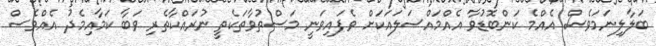
ބަލާލިނަމަވެސް އެއްމެ ކަންބޮޑުވާ އެއްމައްސަލައަކަށް ވެފައިވަނީ މަސްތުވާތަކެތީ ނުރައްކާތެރި ވަބާ ކަމާއިމެދު އެއްވެސް